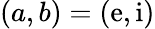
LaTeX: (a,b)=(\mathrm{e},\mathrm{i})